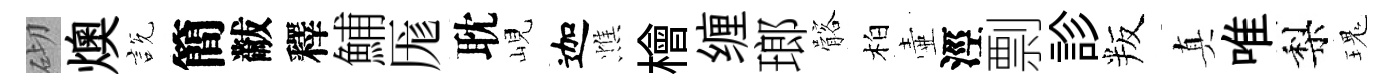
砌燠説簡黻釋鯆厖耽峴迦憔檜缠瑯髂柏壷涇剽診叛真唯梨瑰